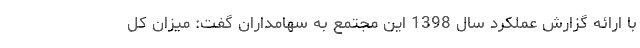
با ارائه گزارش عملکرد سال 1398 این مجتمع به سهامداران گفت: میزان کل